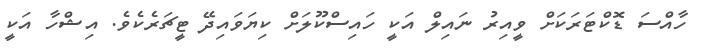
ހާއްސަ ޑޮކްޓަރަކަށް ވީއިރު ނައިލް އަކީ ހައިސްކޫލަށް ކިޔަވައިދޭ ޓީޗަރެކެވެ. އިޝްހާ އަކީ